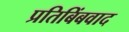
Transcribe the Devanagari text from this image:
प्रतिबिंबवाद